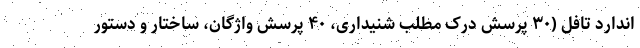
اندارد تافل (۳۰ پرسش درک مطلب شنیداری، ۴۰ پرسش واژگان، ساختار و دستور